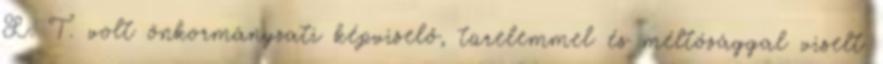
L. T. volt önkormányzati képviselő, türelemmel és méltósággal viselt